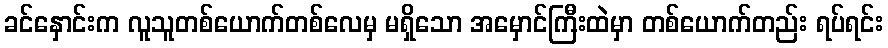
ခင်နှောင်းက လူသူတစ်ယောက်တစ်လေမှ မရှိသော အမှောင်ကြီးထဲမှာ တစ်ယောက်တည်း ရပ်ရင်း